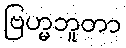
ဗြဟ္မဘူတာ